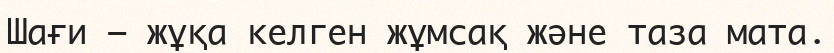
Шағи – жұқа келген жұмсақ және таза мата.